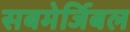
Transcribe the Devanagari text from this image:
सबमेर्जिबल